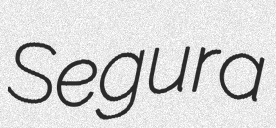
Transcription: Segura